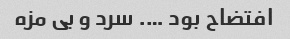
افتضاح بود …. سرد و بی مزه